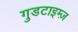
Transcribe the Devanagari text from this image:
गुडटाइम्ज़